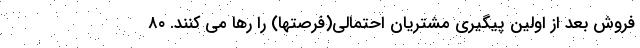
فروش بعد از اولین پیگیری مشتریان احتمالی(فرصتها) را رها می کنند. ۸۰